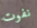
نفوت